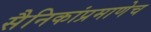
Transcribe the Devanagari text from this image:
सैनिकांप्रमाणेच